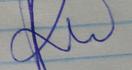
Signature authenticity: genuine